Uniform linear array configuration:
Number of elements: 24
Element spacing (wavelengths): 0.5
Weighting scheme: uniform
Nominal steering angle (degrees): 45
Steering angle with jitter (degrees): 46.349
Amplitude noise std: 0.05
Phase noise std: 0.05

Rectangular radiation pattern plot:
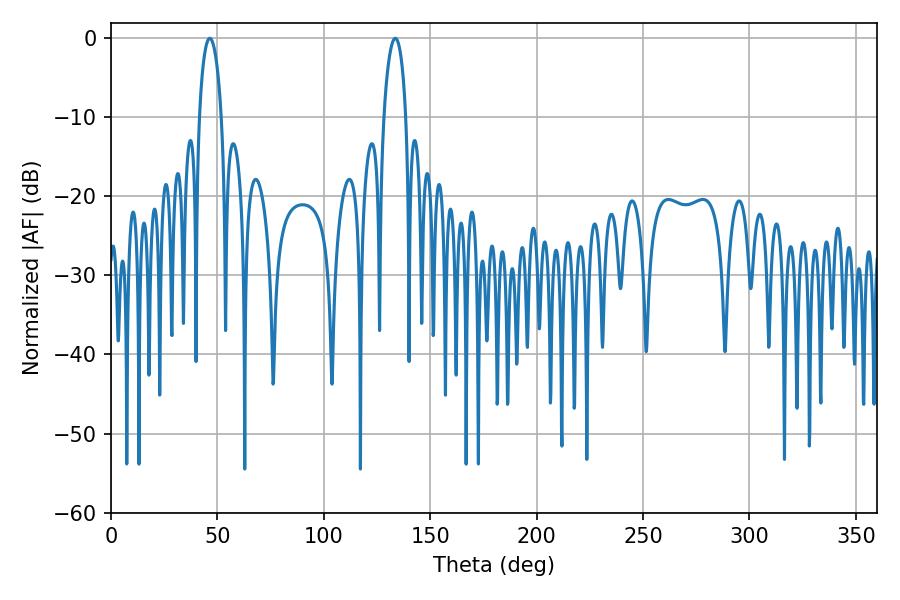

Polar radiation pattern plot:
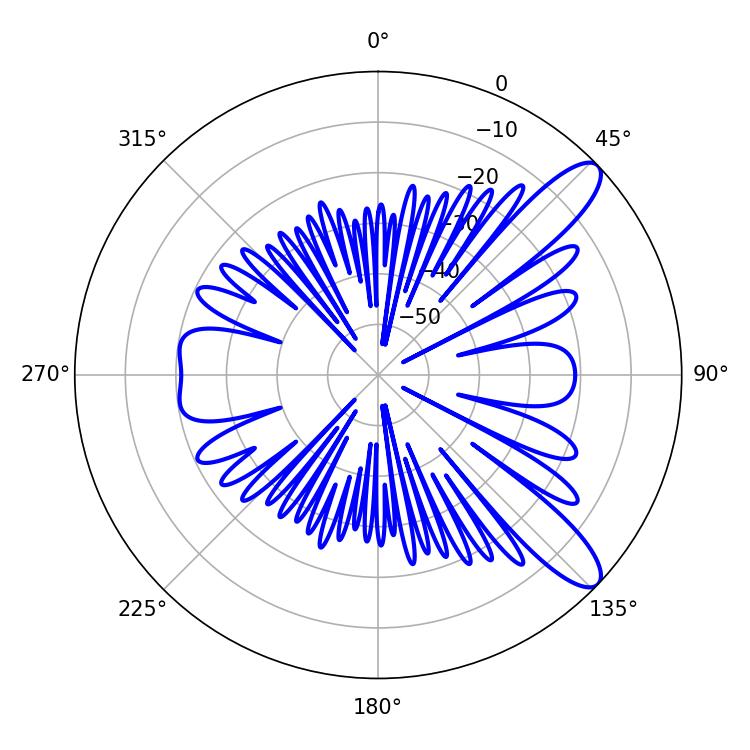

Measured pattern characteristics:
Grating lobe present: FALSE
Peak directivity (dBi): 10.788
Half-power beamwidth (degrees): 5.94
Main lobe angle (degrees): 46.44